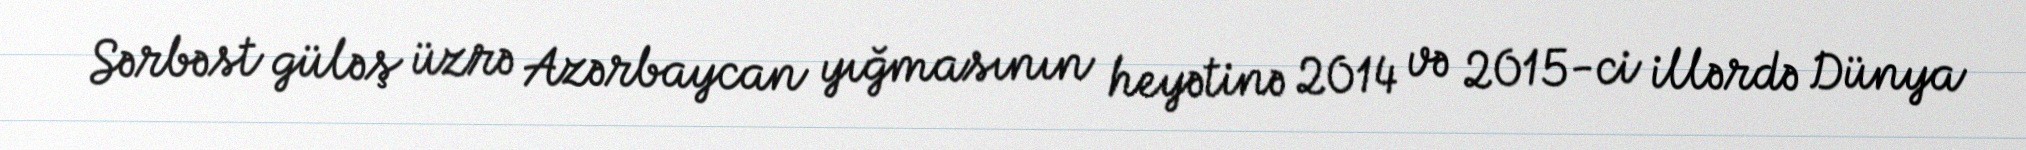
Sərbəst güləş üzrə Azərbaycan yığmasının heyətinə 2014 və 2015-ci illərdə Dünya